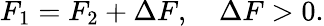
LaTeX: F_{1}=F_{2}+\Delta F,\quad\Delta F>0.